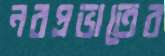
নবপ্রভাতের